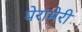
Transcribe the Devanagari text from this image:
पेरामेरी